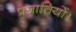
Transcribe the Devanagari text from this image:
प्रजातियों।